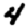
Digit: 4